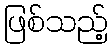
ဖြစ်သည့်